Vabadussoja_Ajaloo_Komitee, lk 73
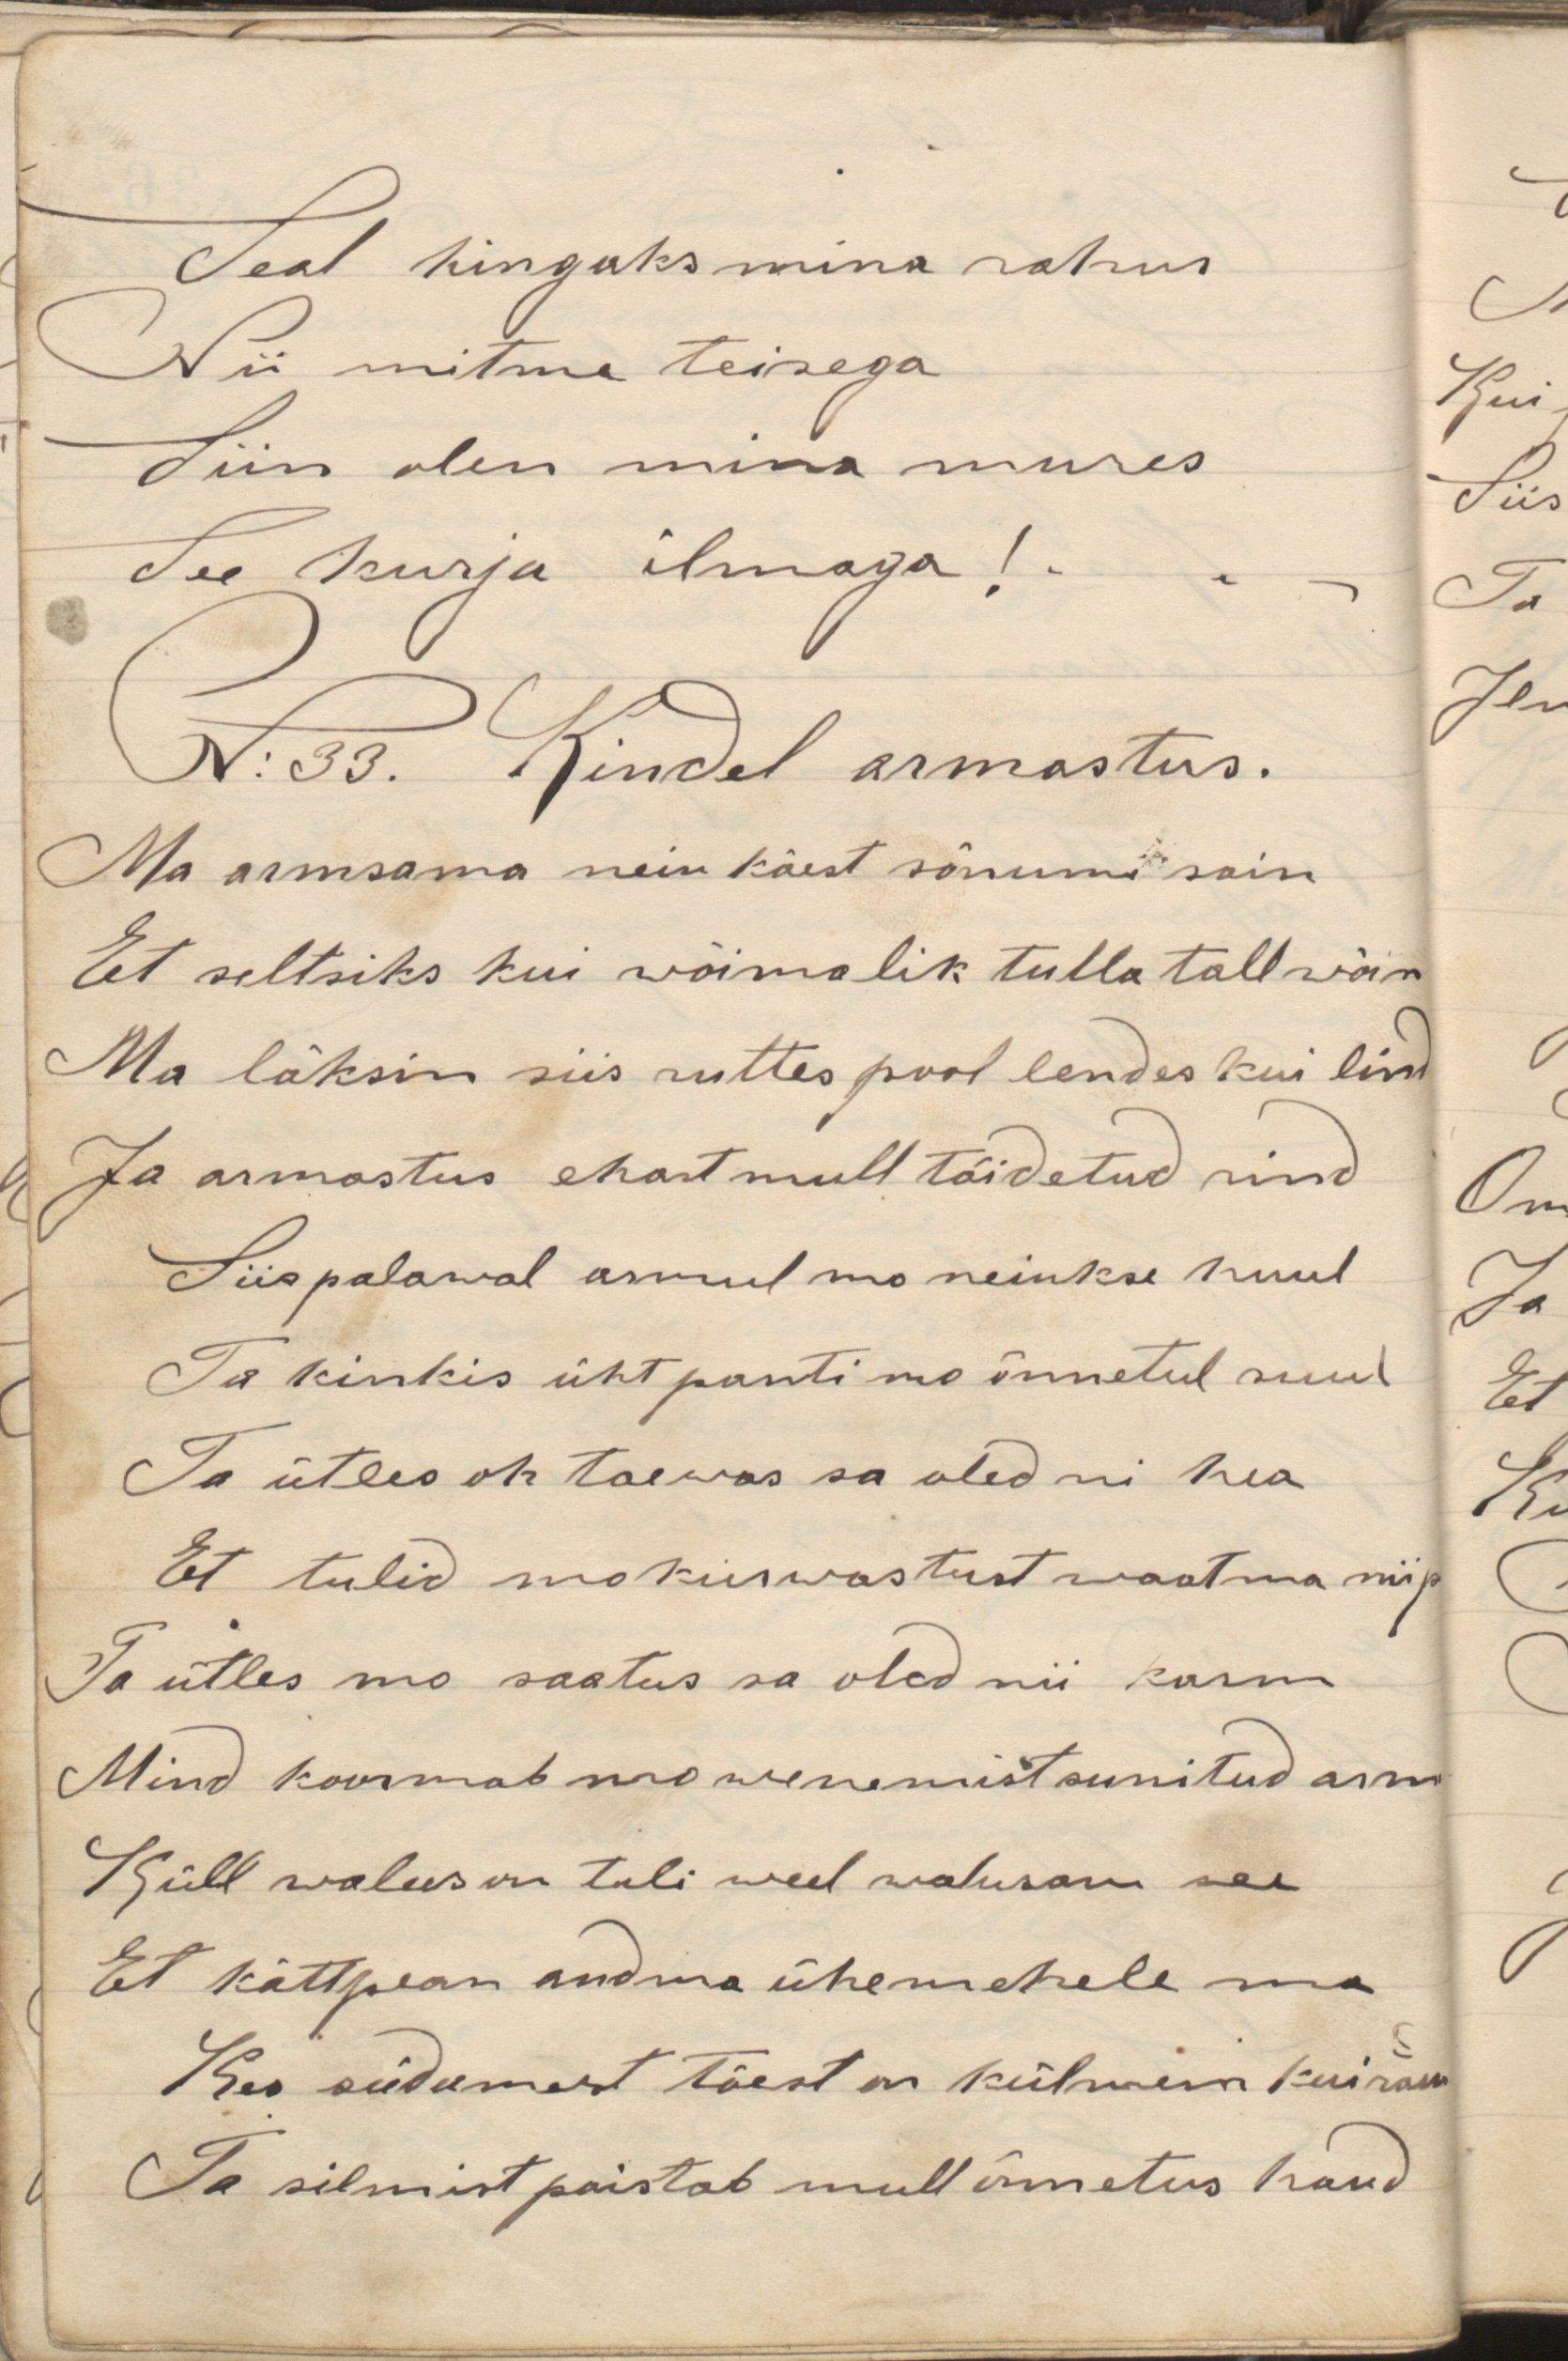
Seal hingaks mina rahus
Nii mitme teisega
Siin olen mina mures
See kurja ilmaga!
N:33. Kindel armastus.
Ma armsama neiu käest sõnumi sain
Et seltsiks kui wõimalik tulla tall wõin
Ma läksin siis ruttes pool lendes kui lind
Ja armastus ehast mull täidetud rind
Siis palawal armul mo neiukse huul
Ta kinkis üht panti mo õnnetul suul
Ta ütles oh taewas sa oled nii hea
Et tulid mo kurwastust waatama nii
Ta ütles mo saatus sa oled nii karm
Mind koormab mo wenemist sunitud arm
Küll walus on tuli weel walusam see
Et kätt pean andma ühe mehele ma
Kes südamest täest on külmem kui rau
Ta silmist paistab mull õnnetus haud